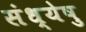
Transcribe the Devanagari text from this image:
संध्येषु